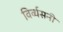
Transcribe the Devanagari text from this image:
विर्व्यसनी